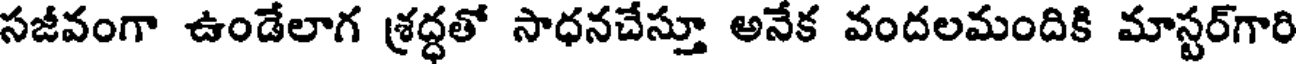
సజీవంగా ఉండేలాగ శ్రద్ధతో సాధనచేస్తూ అనేక వందలమందికి మాస్టర్గారి